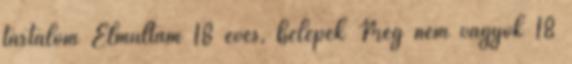
tartalom Elmúltam 18 éves, belépek Még nem vagyok 18